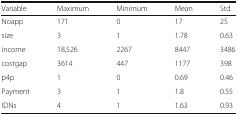
<table><thead><tr><td><b>Variable</b></td><td><b>Maximum</b></td><td><b>Minimum</b></td><td><b>Mean</b></td><td><b>Std</b></td></tr></thead><tbody><tr><td>Noapp</td><td>171</td><td>0</td><td>17</td><td>25</td></tr><tr><td>size</td><td>3</td><td>1</td><td>1.78</td><td>0.63</td></tr><tr><td>income</td><td>18,526</td><td>2267</td><td>8447</td><td>3486</td></tr><tr><td>costgap</td><td>3614</td><td>447</td><td>1177</td><td>398</td></tr><tr><td>p4p</td><td>1</td><td>0</td><td>0.69</td><td>0.46</td></tr><tr><td>Payment</td><td>3</td><td>1</td><td>1.8</td><td>0.55</td></tr><tr><td>IDNs</td><td>4</td><td>1</td><td>1.63</td><td>0.93</td></tr></tbody></table>